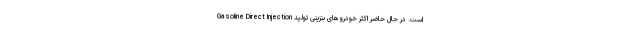
Gasoline Direct Injection است. در حال حاضر اکثر خودروهای بنزینی تولید